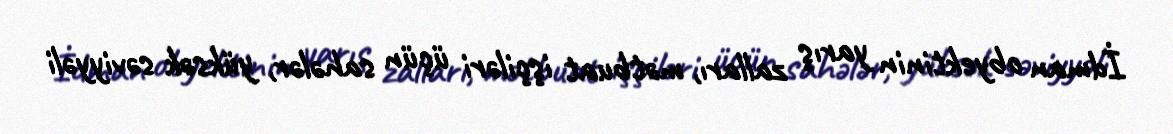
İdman obyektinin yarış zalları, mətbuat işçiləri üçün sahələr, yüksək səviyyəli